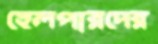
হেলপারদের